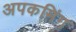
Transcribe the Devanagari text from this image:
अपकमिंग